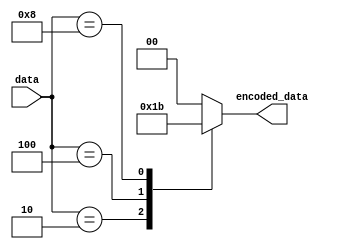
module priority_encoder (
   input [3:0] data,
   output reg [1:0] encoded_data
);

always @(*) begin
   case (data)
      4'b0001: encoded_data = 2'b00; // highest priority
      4'b0010: encoded_data = 2'b01;
      4'b0100: encoded_data = 2'b10;
      4'b1000: encoded_data = 2'b11; // lowest priority
      default: encoded_data = 2'b00;
   endcase
end

endmodule